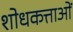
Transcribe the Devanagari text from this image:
शोधकत्ताओं